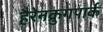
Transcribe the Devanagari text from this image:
हैरेनक्रुगपार्क